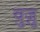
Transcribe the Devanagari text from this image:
वुज़ु